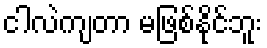
ငါလဲကျတာ မဖြစ်နိုင်ဘူး